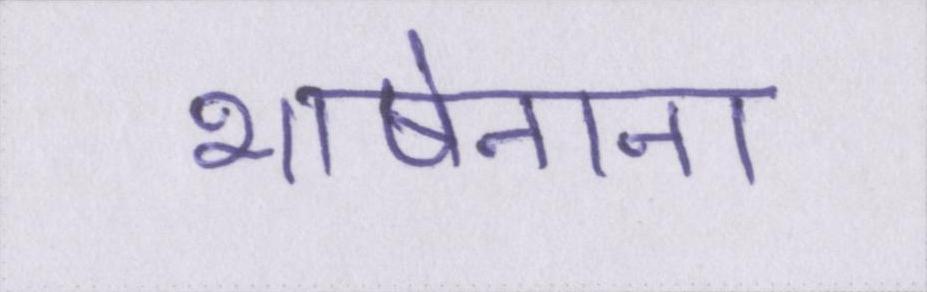
भाषेनाना